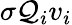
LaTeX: \sigma\mathcal{Q}_{i}v_{i}